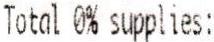
TOTAL 0% SUPPLIES: